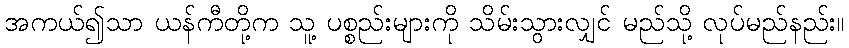
အကယ်၍သာ ယန်ကီတို့က သူ့ ပစ္စည်းများကို သိမ်းသွားလျှင် မည်သို့ လုပ်မည်နည်း။